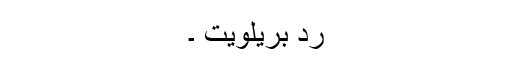
رد بریلویت ۔